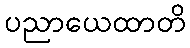
ပညာယေထာတိ